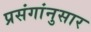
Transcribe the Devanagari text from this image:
प्रसंगांनुसार